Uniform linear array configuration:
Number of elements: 8
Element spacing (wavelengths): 0.75
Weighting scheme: kaiser
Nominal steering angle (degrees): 45
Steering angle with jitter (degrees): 43.941
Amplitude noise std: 0.05
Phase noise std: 0.05

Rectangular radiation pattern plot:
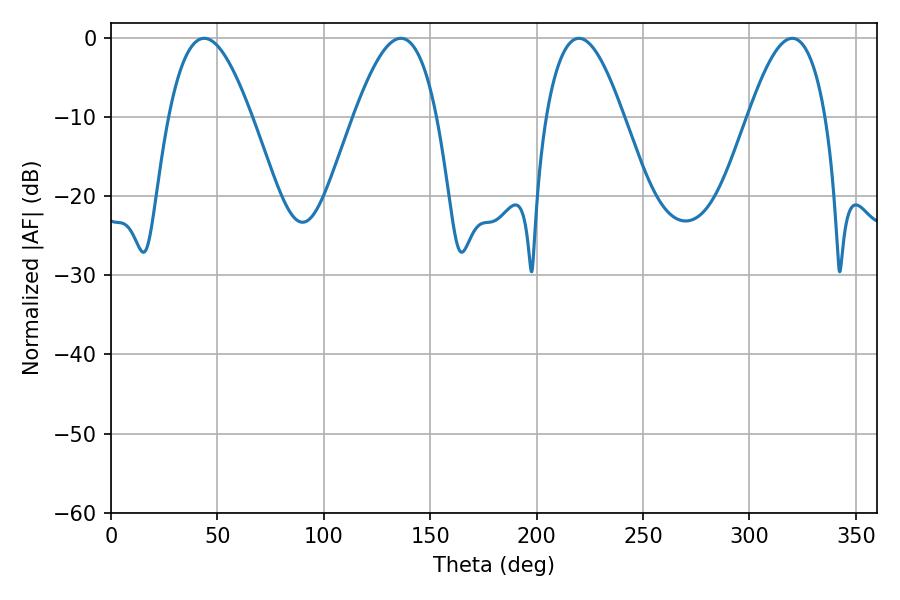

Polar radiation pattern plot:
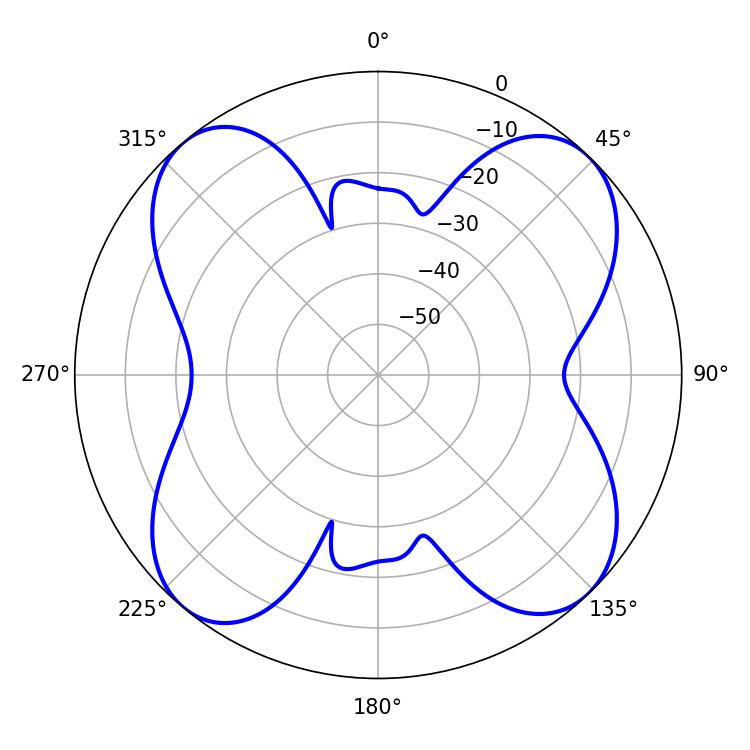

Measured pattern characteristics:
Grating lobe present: TRUE
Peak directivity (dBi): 14.611
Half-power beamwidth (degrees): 21.24
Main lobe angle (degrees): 43.74